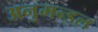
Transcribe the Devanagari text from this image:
अनुमन्डल